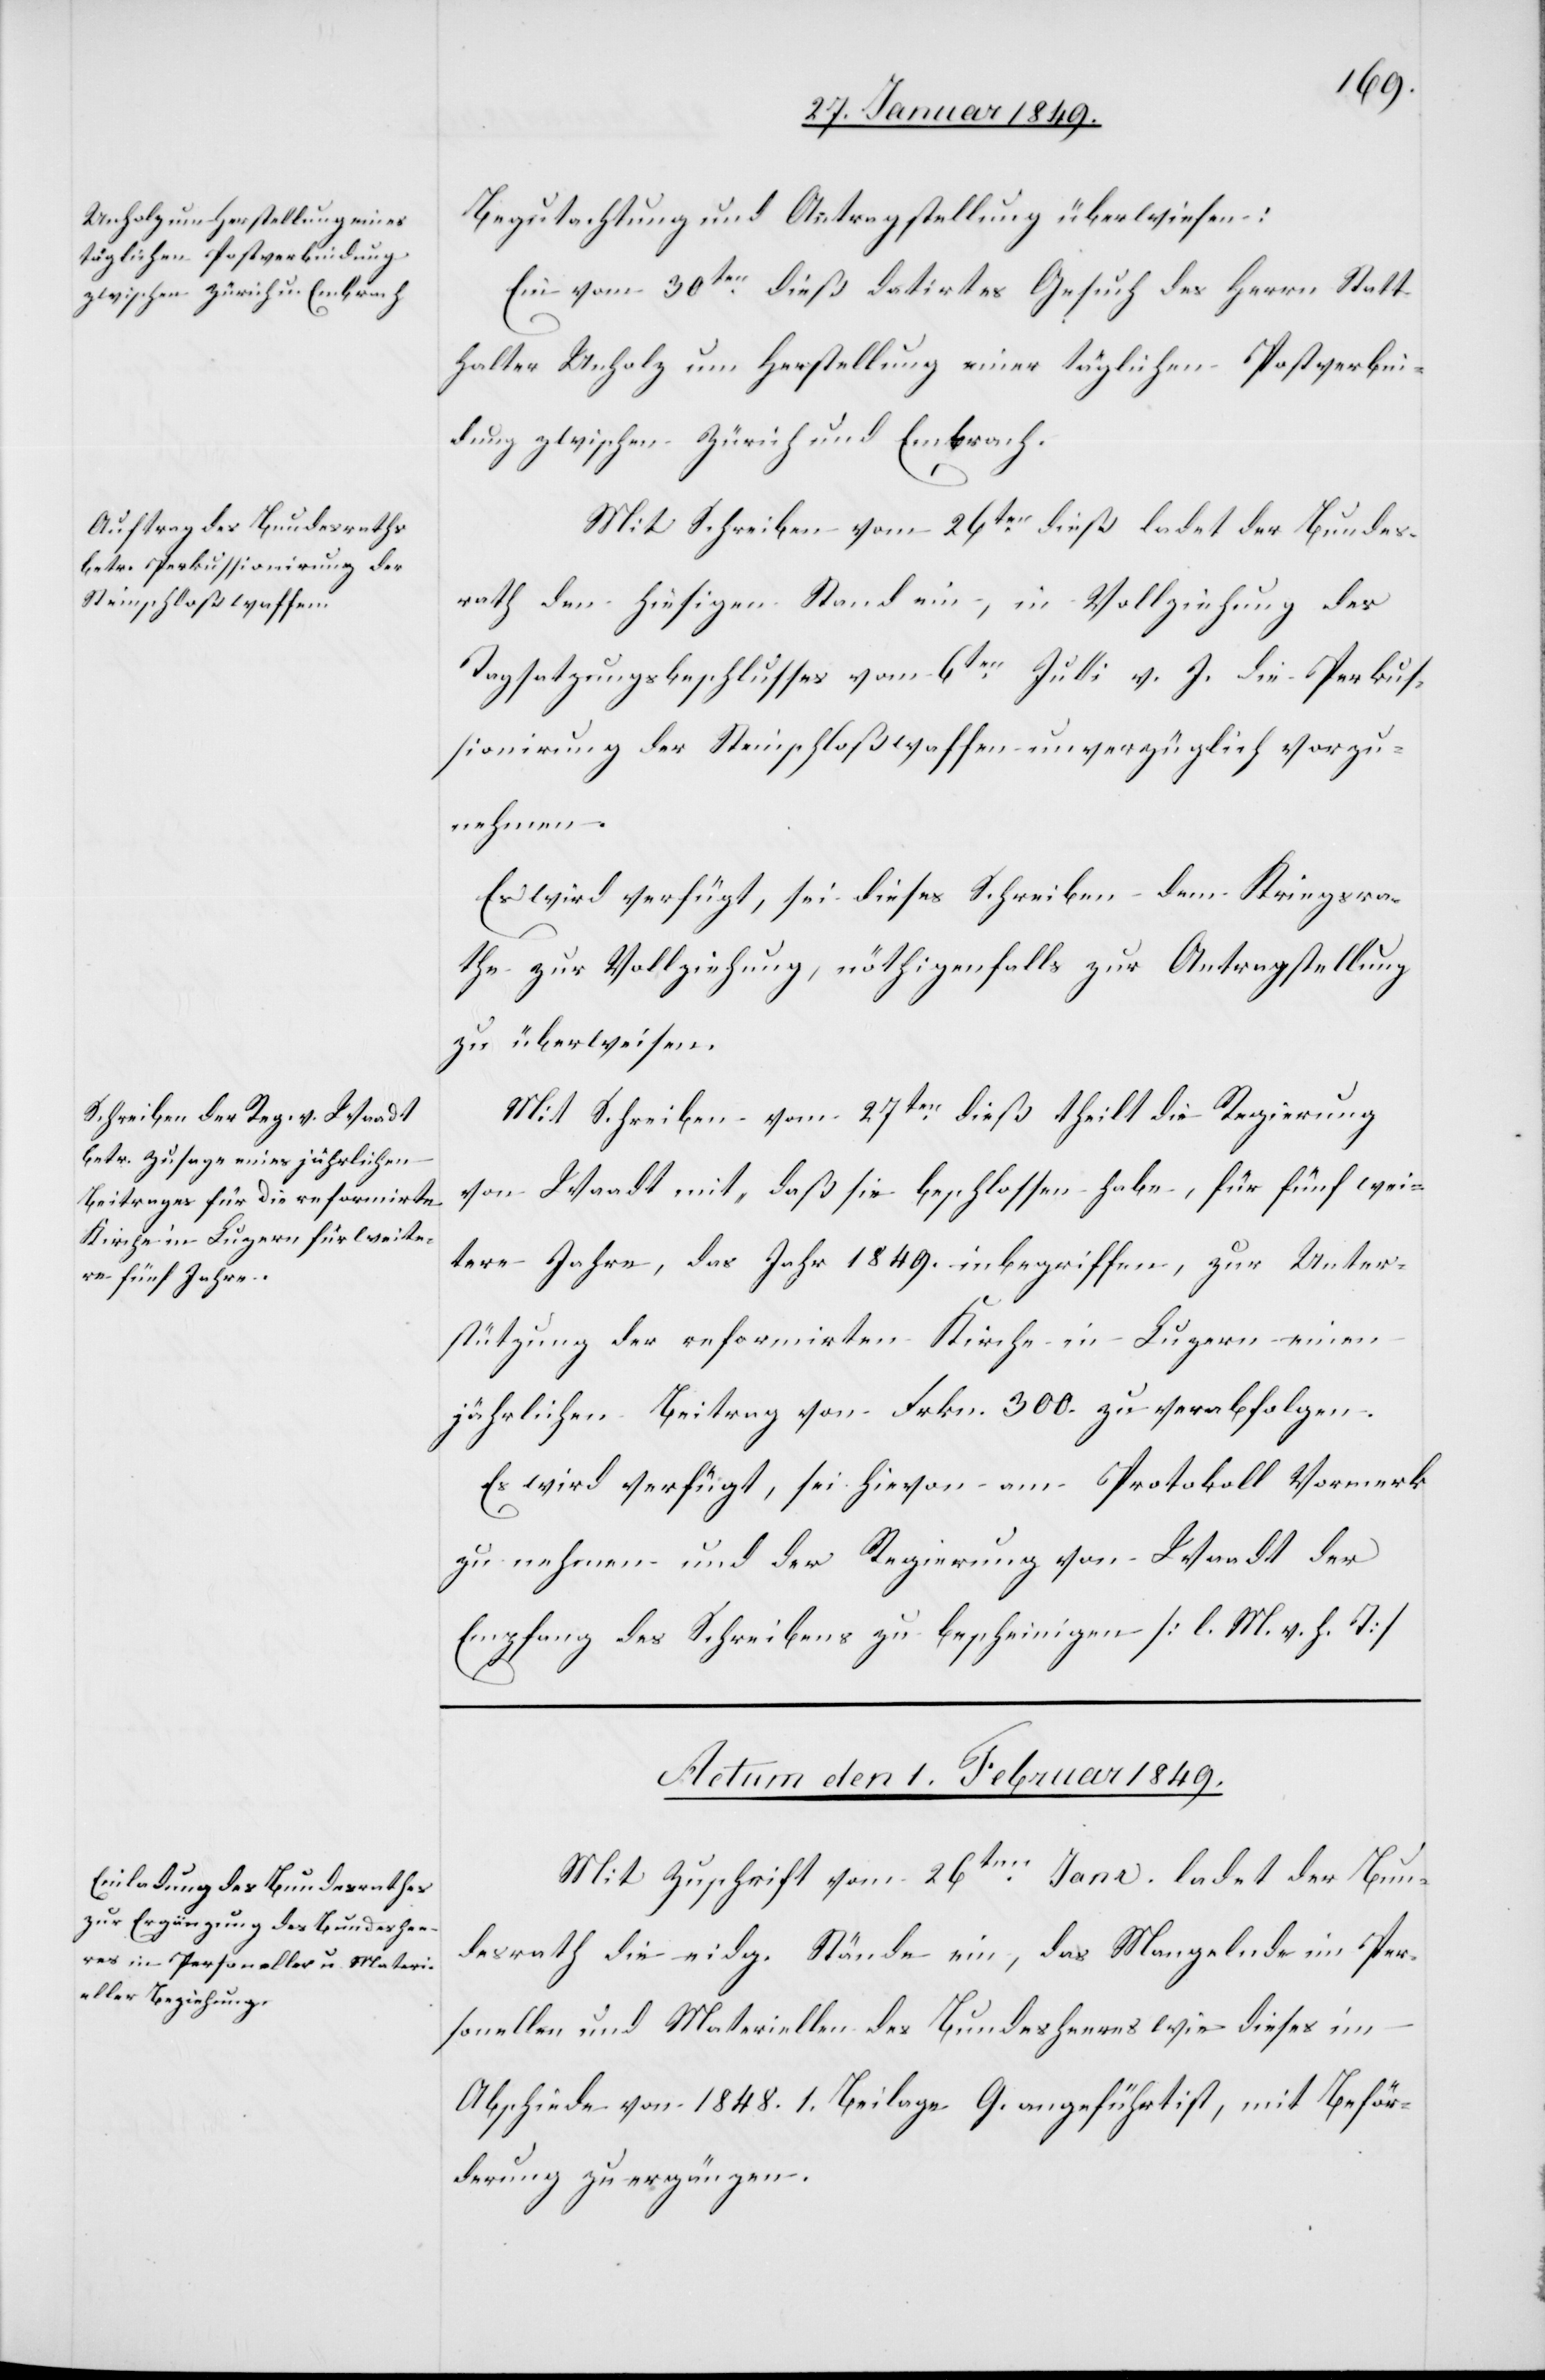
Begutachtung und Antragstellung überwiesen:
Ein vom 30ten. dieß datirtes Gesuch des Herrn Statt¬
halter Unholz um Herstellung einer täglichen Postverbin¬
dung zwischen Zürich und Embrach.
Mit Schreiben vom 26ten. dieß ladet der Bundes¬
rath den hiesigen Stand ein, in Vollziehung des
Tagsatzungsbeschlusses vom 6ten. Julli v. J. die Perkus¬
sionirung der Steinschloßwaffen unverzüglich vorzu¬
nehmen.
Es wird verfügt, sei dieses Schreiben dem Kriegsra¬
the zur Vollziehung, nöthigenfalls zur Antragstellung
zu überweisen.
Mit Schreiben vom 27ten. dieß theilt die Regierung
von Waadt mit, daß sie beschlossen habe, für fünf wei¬
tere Jahre, das Jahr 1849. inbegriffen, zur Unter¬
stützung der reformirten Kirche in Luzern einen
jährlichen Beitrag von Frkn. 300. zu verabfolgen.
Es wird verfügt, sei hievon am Protokoll Vormerk
zu nehmen und der Regierung von Waadt der
Empfang des Schreibens zu bescheinigen [l. M. v. h. T.]
Actum den 1. Februar 1849.
Mit Zuschrift vom 26ten. Janr. ladet der Bun¬
desrath die eidg. Stände ein, das Mangelnde im Per¬
sonellen und Materiellen des Bundesheeres wie dieses im
Abschiede von 1848. 1. Beilage G. angeführt ist mit Beför¬
derung zu ergänzen.